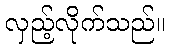
လှည့်လိုက်သည်။